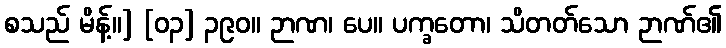
စသည် မိန့်။] [၀၃] ၃၉၀။ ဉာဏ၊ ပေ။ ပက္ခတော၊ သိတတ်သော ဉာဏ်၏